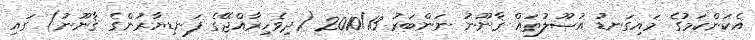
އެކަންކަމުގެ މައިގަނޑު އުޞޫލުތައް ޤާނޫނު ނަންބަރު 2010/13 (ދިވެހިރާއްޖޭގެ ފަނޑިޔާރުންގެ ޤާނޫނު) ގައި